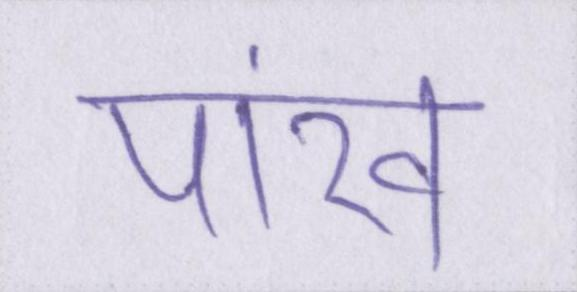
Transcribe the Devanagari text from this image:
पांख